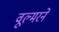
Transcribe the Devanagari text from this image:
वूल्मरने